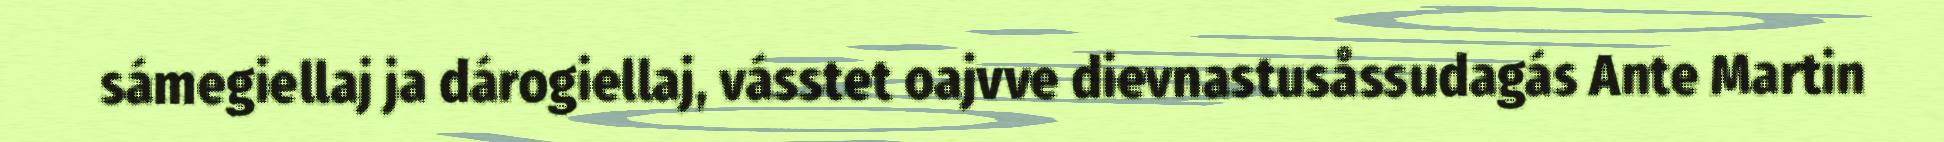
sámegiellaj ja dárogiellaj, vásstet oajvve dievnastusåssudagás Ante Martin